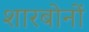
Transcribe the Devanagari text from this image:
शारबोनों